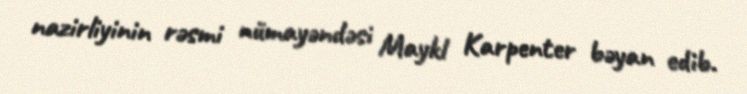
nazirliyinin rəsmi nümayəndəsi Maykl Karpenter bəyan edib.